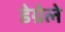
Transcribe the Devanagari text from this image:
डेग्रेले